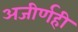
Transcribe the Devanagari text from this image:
अजीर्णही